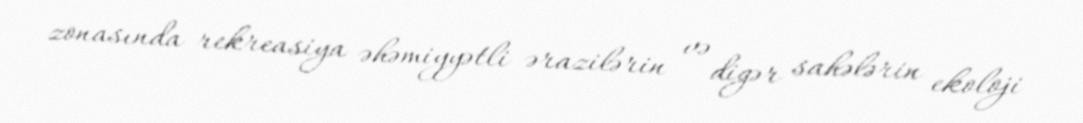
zonasında rekreasiya əhəmiyyətli ərazilərin və digər sahələrin ekoloji